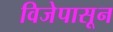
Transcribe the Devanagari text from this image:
विजेपासून